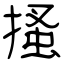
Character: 搔